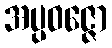
အပ္ပဝဇ္ဇော